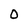
Character: 0